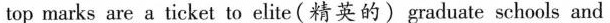
top marks are a ticket to elite (精英的)graduate schools and :